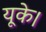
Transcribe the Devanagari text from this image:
यूके।